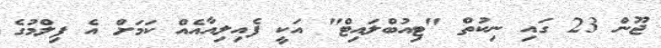
ޖޫން 23 ގައި ނިކުތް "ޓިއުބްލައިޓް" އަކީ ފެއިލިއާއެއް ކަމަށް އެ ފިލްމުގެ